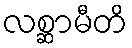
လစ္ဆာမီတိ